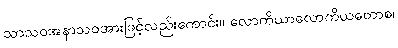
သာသဝအနာသဝအားဖြင့်လည်းကောင်း။ လောကိယာလောကိယတောစ၊